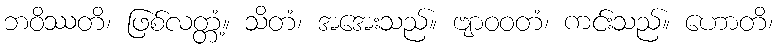
ဘဝိဿတိ၊ ဖြစ်လတ္တံ့။ သိတံ၊ အအေးသည်။ ဗျာဝဝတံ၊ ကင်းသည်။ ဟောတိ၊